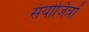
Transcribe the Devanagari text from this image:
संयोजित्रों